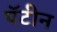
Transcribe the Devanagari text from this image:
पॅटीन